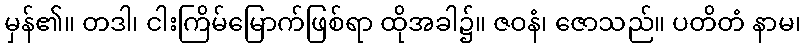
မှန်၏။ တဒါ၊ ငါးကြိမ်မြောက်ဖြစ်ရာ ထိုအခါ၌။ ဇဝနံ၊ ဇောသည်။ ပတိတံ နာမ၊